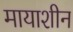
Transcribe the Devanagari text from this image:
मायाशीन